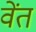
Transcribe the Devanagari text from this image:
वेंत